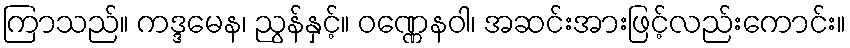
ကြာသည်။ ကဒ္ဒမေန၊ ညွန်နှင့်။ ဝဏ္ဏေနဝါ၊ အဆင်းအားဖြင့်လည်းကောင်း။